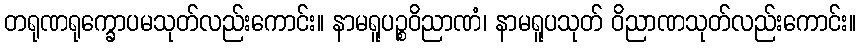
တရုဏရုက္ခောပမသုတ်လည်းကောင်း။ နာမရူပဉ္စဝိညာဏံ၊ နာမရူပသုတ် ဝိညာဏသုတ်လည်းကောင်း။